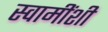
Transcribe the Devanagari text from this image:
स्वामींशी